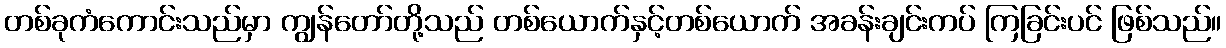
တစ်ခုကံကောင်းသည်မှာ ကျွန်တော်တို့သည် တစ်ယောက်နှင့်တစ်ယောက် အခန်းချင်းကပ် ကြခြင်းပင် ဖြစ်သည်။